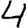
Digit: 4